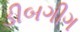
ડીબગીગ